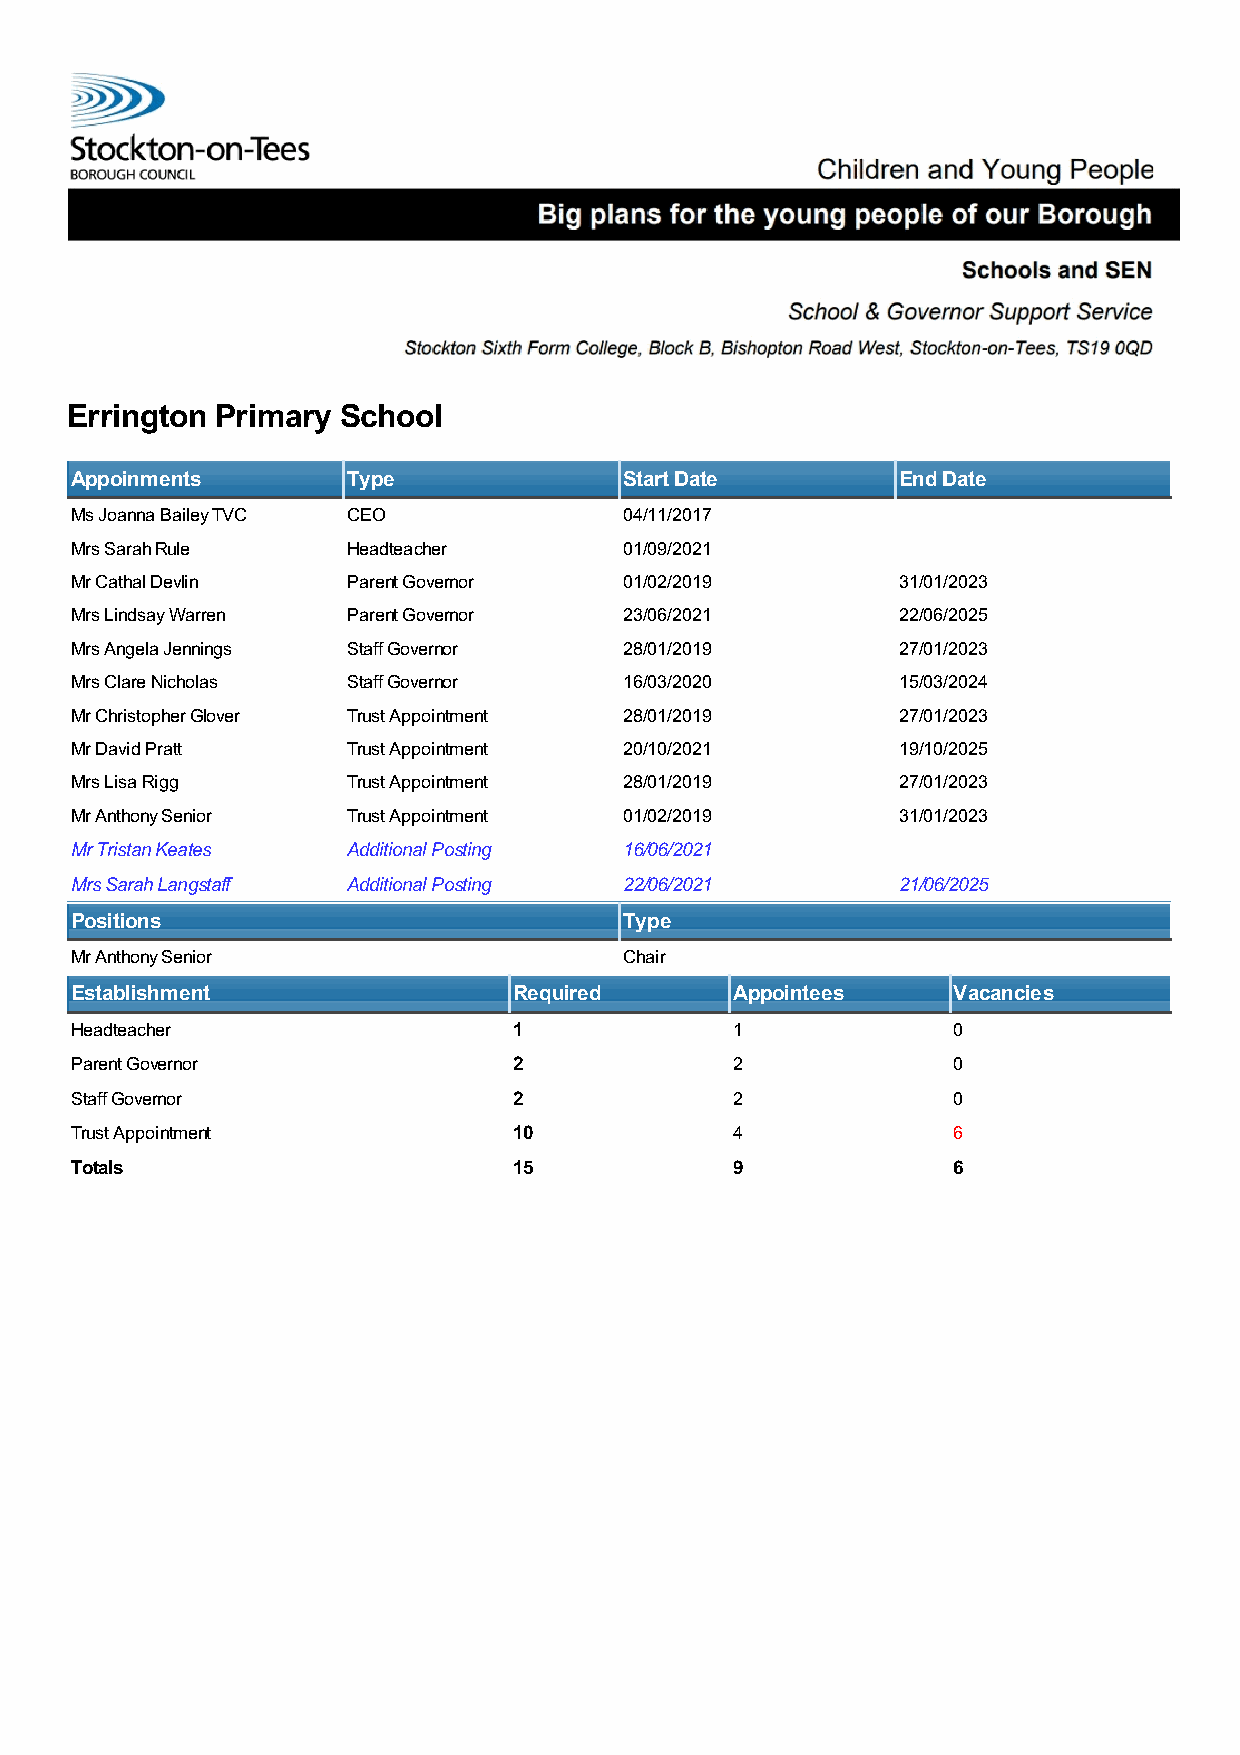
Errington Primary  School
 Appoinments       Type              Start Date        End Date
 Ms Joanna Bailey TVC CEO            04/11/2017
 Mrs Sarah Rule    Headteacher       01/09/2021
 Mr Cathal Devlin  Parent Governor   01/02/2019        31/01/2023
 Mrs Lindsay Warren Parent Governor  23/06/2021        22/06/2025
 Mrs Angela Jennings Staff Governor  28/01/2019        27/01/2023
 Mrs Clare Nicholas Staff Governor   16/03/2020        15/03/2024
 Mr Christopher Glover Trust Appointment 28/01/2019    27/01/2023
 Mr David Pratt    Trust Appointment 20/10/2021        19/10/2025
 Mrs Lisa Rigg     Trust Appointment 28/01/2019        27/01/2023
 Mr Anthony Senior Trust Appointment 01/02/2019        31/01/2023
 Mr Tristan Keates Additional Posting 16/06/2021
 Mrs Sarah Langstaff Additional Posting 22/06/2021     21/06/2025
 Positions                           Type
 Mr Anthony Senior                   Chair
 Establishment                Required       Appointees    Vacancies
 Headteacher                  1              1             0
 Parent Governor              2              2             0
 Staff Governor               2              2             0
 Trust Appointment            10             4             6
 Totals                       15             9             6